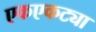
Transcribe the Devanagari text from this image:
एकएकट्या